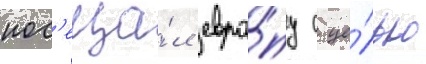
пос'еща́л евро́пу с це́лью